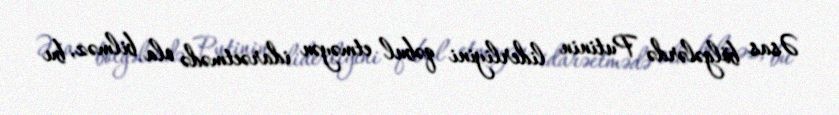
Əsas bölgələrdə Putinin liderliyini qəbul etməyən idarəetmədə ola bilməz, bu